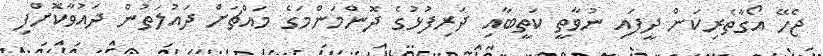
ޖެހޭ އޯގާތެރިކަން ދީފައި ނުވާތީ ކަތީބާއި ދަރިފުޅުގެ ދޮންމަންމަގެ މައްޗަށް ދައުލަތުން ދައުވާކޮށްފި